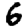
Digit: 6